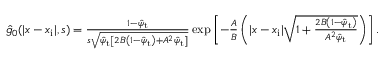
\begin{array} { r } { \hat { g } _ { 0 } ( | x - x _ { \mathrm { i } } | , s ) = \frac { 1 - \hat { \psi } _ { \mathrm { t } } } { s \sqrt { \hat { \psi } _ { \mathrm { t } } \left[ 2 B \left( 1 - \hat { \psi } _ { \mathrm { t } } \right) + A ^ { 2 } \hat { \psi } _ { \mathrm { t } } \right] } } \exp \left[ - \frac { A } { B } \left( | x - x _ { \mathrm { i } } | \sqrt { 1 + \frac { 2 B \left( 1 - \hat { \psi } _ { \mathrm { t } } \right) } { A ^ { 2 } \hat { \psi } _ { \mathrm { t } } } } \right) \right] . } \end{array}